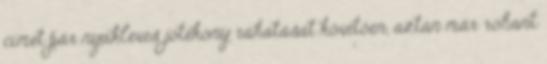
címet pár nyakleves jótékony ráhatását követően, aztán már rohant